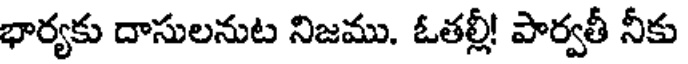
భార్యకు దాసులనుట నిజము. ఓతల్లీ! పార్వతీ నీకు